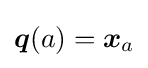
{\boldsymbol {q}}(a)={\boldsymbol {x}}_{a}